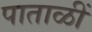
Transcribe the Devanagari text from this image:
पाताळीं